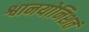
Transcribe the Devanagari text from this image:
श्वानयोनिशतं